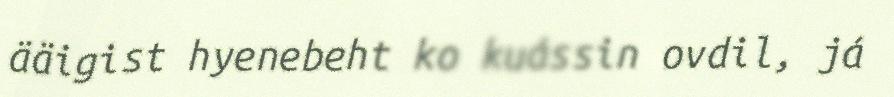
ääigist hyenebeht ko kuássin ovdil, já